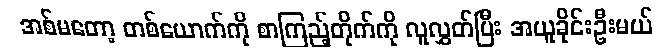
အစ်မတော့ တစ်ယောက်ကို စာကြည့်တိုက်ကို လူလွှတ်ပြီး အယူခိုင်းဦးမယ်